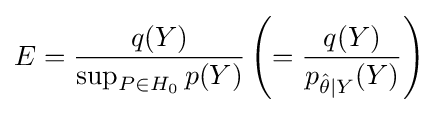
E={\frac {q(Y)}{\sup _{P\in H_{0}}p(Y)}}\left(={\frac {q(Y)}{{p}_{{\hat {\theta }}\mid Y}(Y)}}\right)